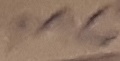
Text: M6